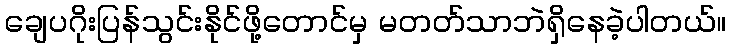
ချေပဂိုးပြန်သွင်းနိုင်ဖို့တောင်မှ မတတ်သာဘဲရှိနေခဲ့ပါတယ်။